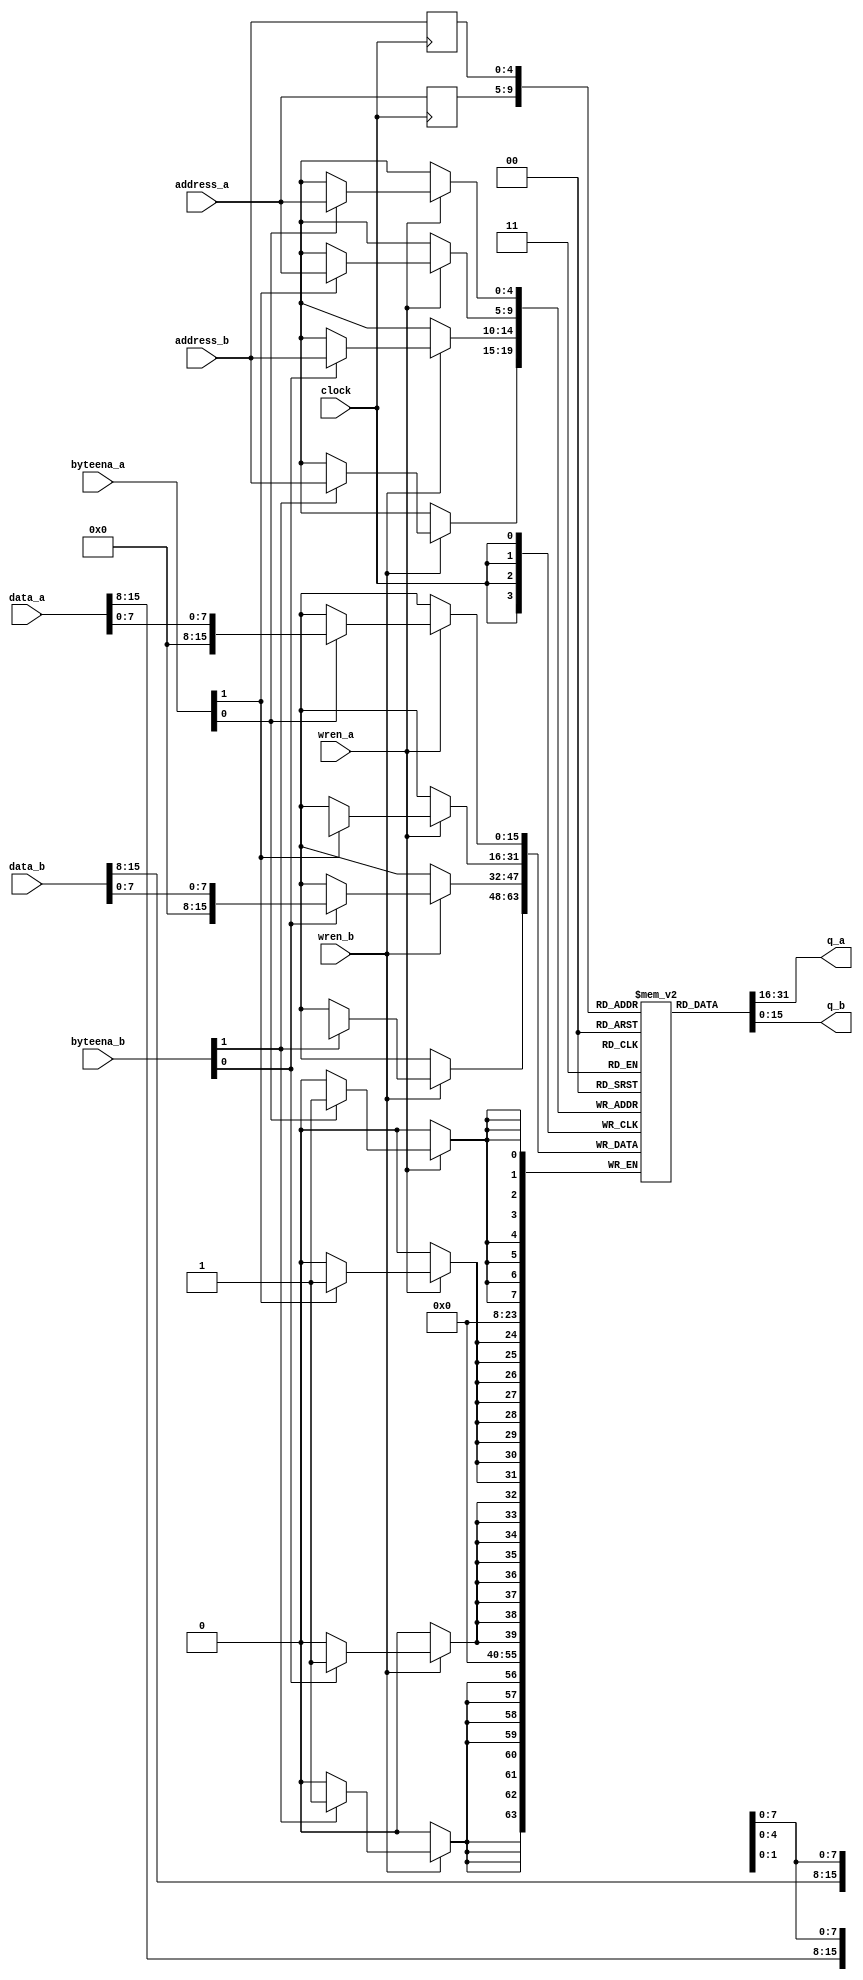
//
// Copyright (c) 2014-2022 by 1801BM1@gmail.com
//
// DC304 MMU Chip Memory Managment Register File
//______________________________________________________________________________
//
// Generic implementation of Register File, memory blocks are supposed to be
// inferred. Some verions of synthesys tools (Quartus, etc.) do not infer memory
// blocks correctly, so explicit RAM megafunction should be used, depending on
// device type. It provides much better Fmax and resource usage. If vendor
// specific memory function is used this file should not be included in
// the project.
//
// Interface is compatible with Altera Dual-Port Single Clock RAM with
// byte lane enable strobes..
//
// Port A is used to access MMU registers from CPU bus and to present page
// address register (PAR) content on address translation cycle. Port B is used
// to present // page descriptor register (PDR) content for address translation
// and write Dirty Page flag back to PDR after memory write access.
//
module dc_mmu (
   input         clock,
   input  [4:0]  address_a,
   input  [4:0]  address_b,
   input  [1:0]  byteena_a,
   input  [1:0]  byteena_b,
   input  [15:0] data_a,
   input  [15:0] data_b,
   output [15:0] q_a,
   output [15:0] q_b,
   input  wren_a,
   input  wren_b
);

reg [15:0] ram[31:0];
reg [5:0] addr_a;
reg [5:0] addr_b;

//______________________________________________________________________________
//
// Minimal required registers initalization, otherwise,
// undefined content would prevent simulation.
//
integer i;
initial
begin
   for (i=0; i<32; i = i+1)
      ram[i]  = 16'h0000;
end

//______________________________________________________________________________
//
always @ (posedge clock)
begin
   addr_a = address_a;
   if (wren_a)
   begin
      if (byteena_a[0]) ram[addr_a][7:0] = data_a[7:0];
      if (byteena_a[1]) ram[addr_a][15:8] = data_a[15:8];
   end

   addr_b = address_b;
   if (wren_b)
   begin
      if (byteena_b[0]) ram[addr_b][7:0] = data_b[7:0];
      if (byteena_b[1]) ram[addr_b][15:8] = data_b[15:8];
   end
end

assign q_a = ram[addr_a];
assign q_b = ram[addr_b];

endmodule